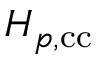
H _ { p , \mathrm { { c c } } }